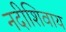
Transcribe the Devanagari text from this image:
नदीशिवाय